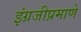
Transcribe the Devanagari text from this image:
इंग्रजीप्रमाणे